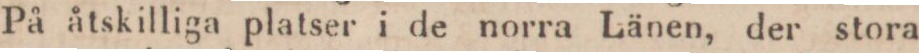
På åtskilliga platser i de norra Länen, der stora